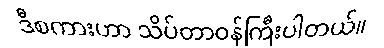
ဒီစကားဟာ သိပ်တာဝန်ကြီးပါတယ်။